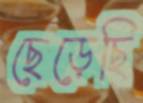
ছেড়েছি